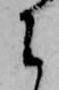
に